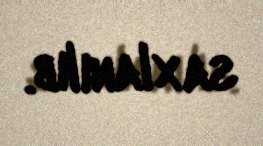
saxlanılıb.